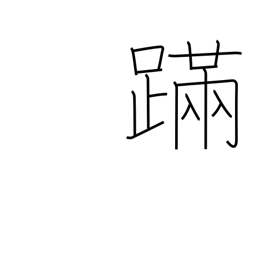
Meaning: staggering